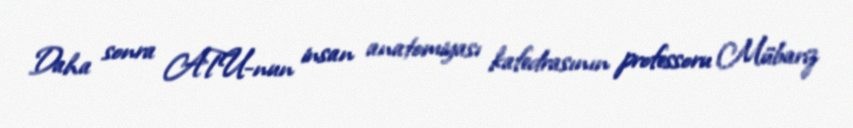
Daha sonra ATU-nun insan anatomiyası kafedrasının professoru Mübariz